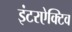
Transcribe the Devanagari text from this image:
इंटरऐक्टिव